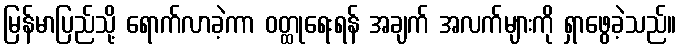
မြန်မာပြည်သို့ ရောက်လာခဲ့ကာ ဝတ္ထုရေးရန် အချက် အလက်များကို ရှာဖွေခဲ့သည်။